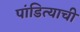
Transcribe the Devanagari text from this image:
पांडित्याची